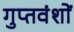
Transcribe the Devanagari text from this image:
गुप्तवंशों